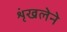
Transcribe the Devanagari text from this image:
शृंखलेने